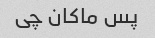
پس ماکان چی